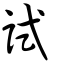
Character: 試